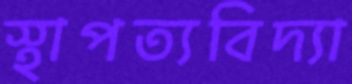
স্থাপত্যবিদ্যা